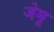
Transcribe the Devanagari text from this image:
जेमू